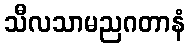
သီလသာမညဂတာနံ